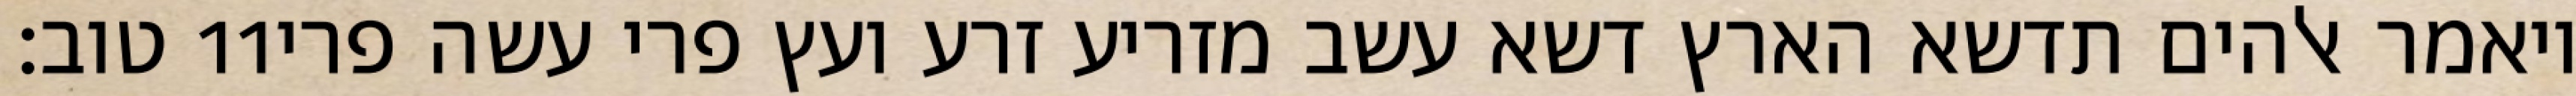
טוב׃ ‎11‏ ויאמר אלהים תדשא הארץ דשא עשב מזריע זרע ועץ פרי עשה פרי